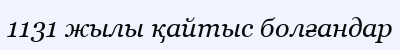
1131 жылы қайтыс болғандар